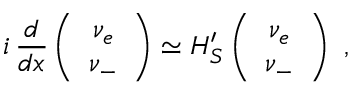
i \, \frac { d } { d x } \left( \begin{array} { c } { { \nu _ { e } } } \\ { { \nu _ { - } } } \end{array} \right) \simeq \cal { H } _ { S } ^ { \prime } \left( \begin{array} { c } { { \nu _ { e } } } \\ { { \nu _ { - } } } \end{array} \right) \ ,